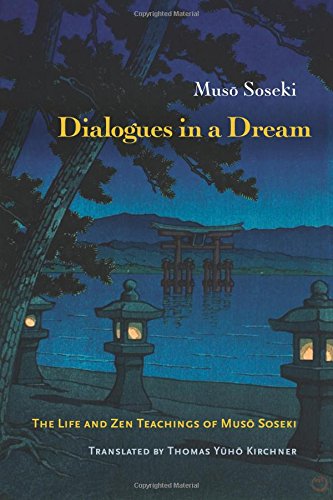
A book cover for Dialogues in a Dream: The Life and Zen Teachings of Muso Soseki; Muso Soseki; Religion & Spirituality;